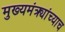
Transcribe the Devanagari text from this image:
मुख्यमंत्र्यांच्याच